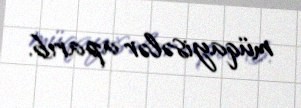
müqayisələr aparıb.